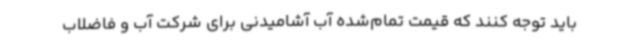
باید توجه کنند که قیمت تمام‌شده آب آشامیدنی برای شرکت آب و فاضلاب